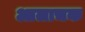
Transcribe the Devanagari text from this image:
आलाचक